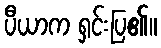
ပီယာက ရှင်းပြ၏။